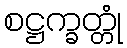
စဋ္ဌက္ခတ္တုံ